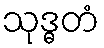
သုဒ္ဓတံ